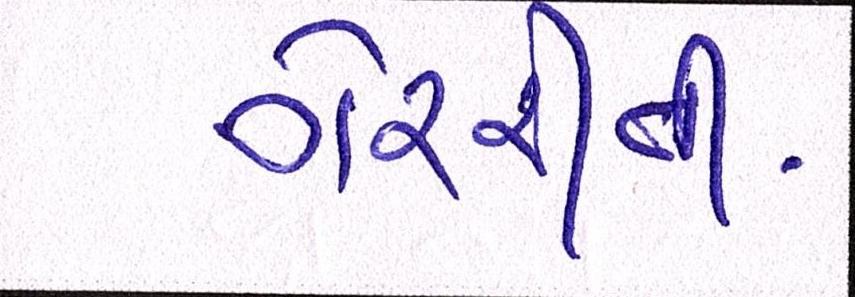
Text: ગેરરીતી